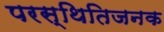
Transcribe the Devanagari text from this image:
परस्थितिजनक